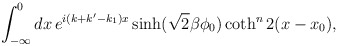
\begin{align*}\int_{-\infty}^{0}dx\,e^{i(k+k'-k_{1})x}\sinh(\sqrt{2}\beta\phi_{0})\coth^{n}2(x-x_{0}),\end{align*}